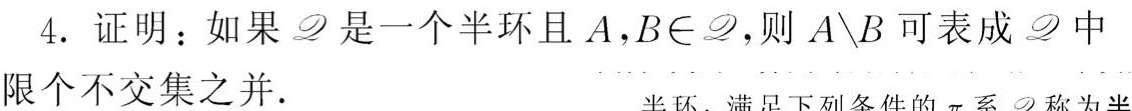
4. 证明：如果$\mathscr{D}$是一个半环且$A,B\in\mathscr{D}$，则$A\setminus B$可表成$\mathscr{D}$中有限个不交集之并.